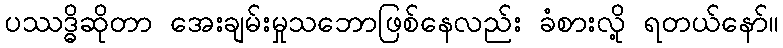
ပဿဒ္ဓိဆိုတာ အေးချမ်းမှုသဘောဖြစ်နေလည်း ခံစားလို့ ရတယ်နော်။